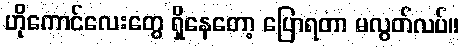
ဟိုကောင်လေးတွေ ရှိနေတော့ ပြောရတာ မလွတ်လပ်။